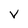
Character: V